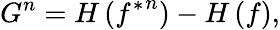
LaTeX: G^{n}=H\left({f^{*}}^{n}\right)-H\left(f\right),